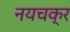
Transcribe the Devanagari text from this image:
नयचक्र